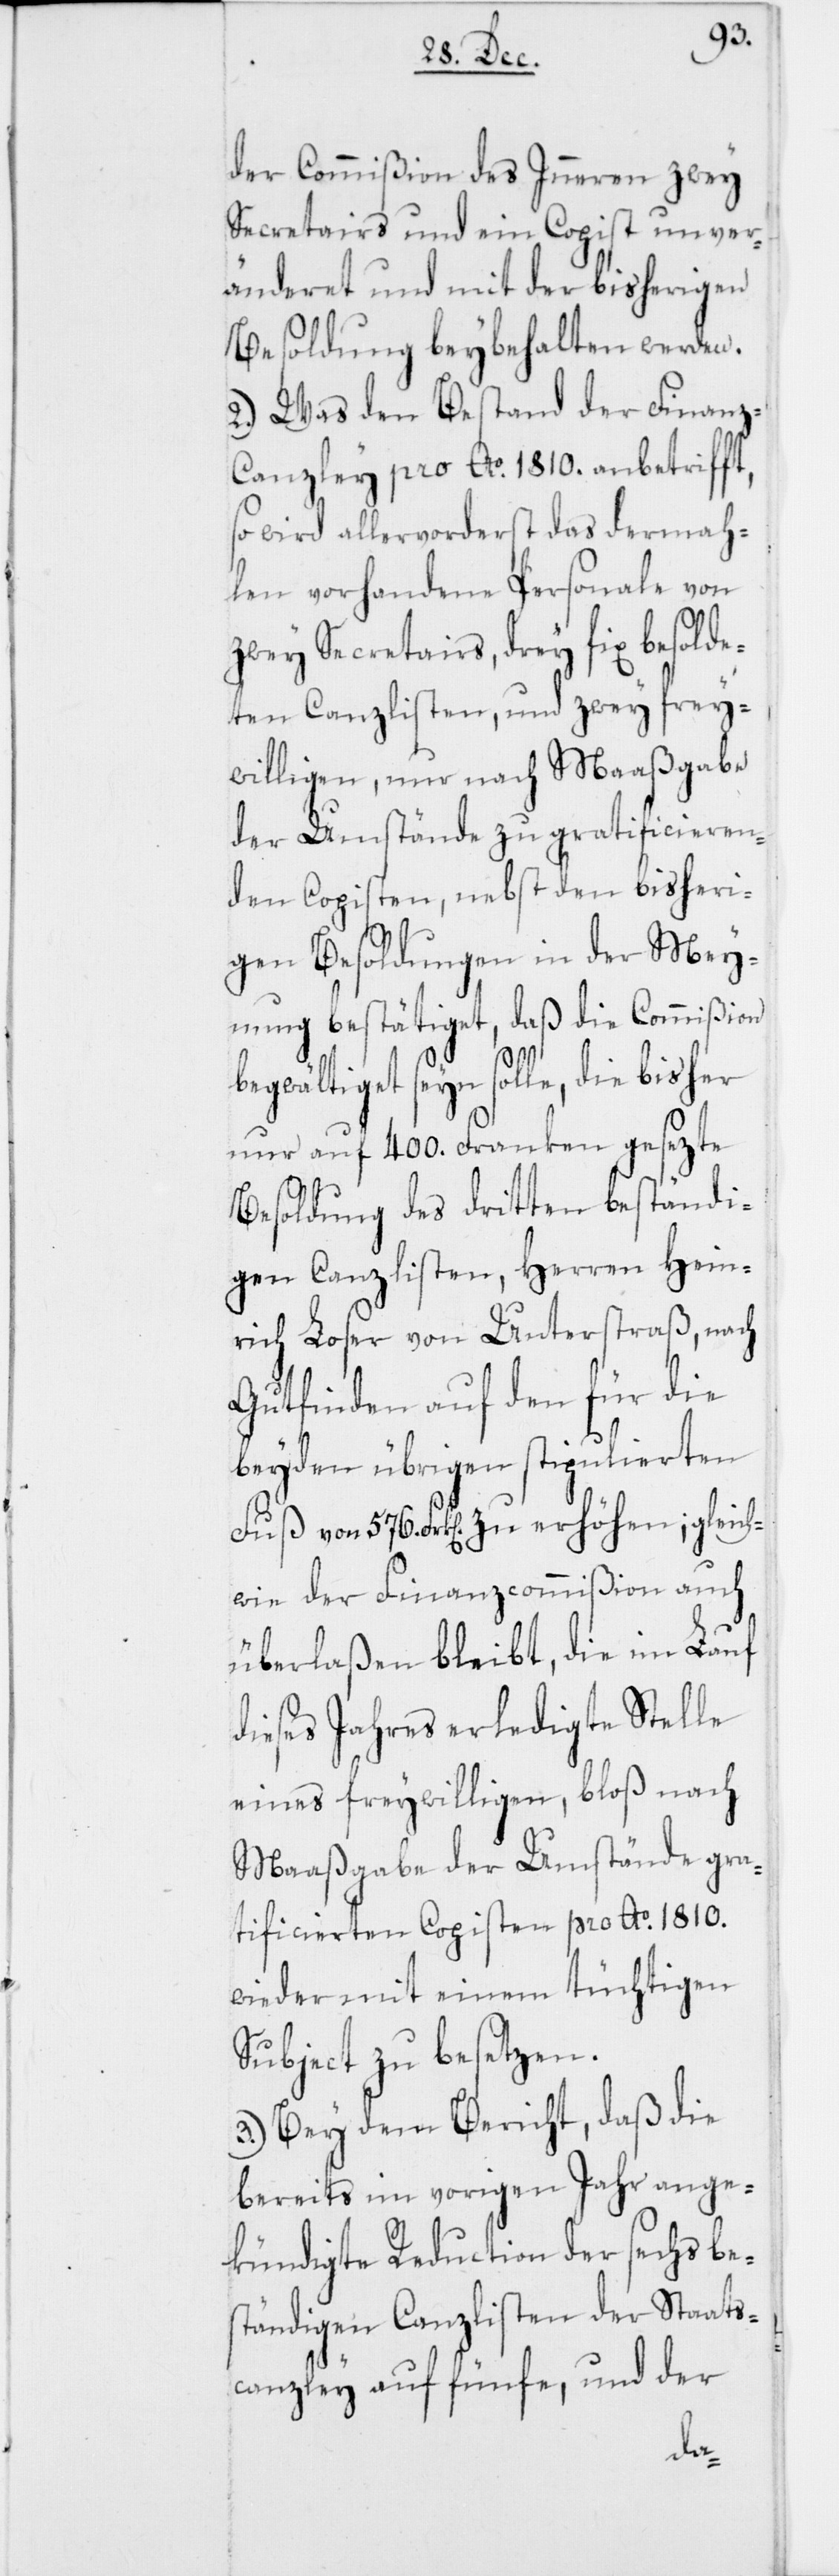
der Commißion des Inneren zwey
Secretairs und ein Copist unver¬
änderet und mit der bisherigen
Besoldung beybehalten werden.
2. Was den Bestand der Finanz-C¬
anzley pro Ao. 1810. anbetrifft,
so wird allervorderst das dermah¬
len vorhandene Personale von
zwey Secretairs, drey fix besolde¬
ten Canzlisten, und zwey frei¬
willigen, nur nach Maaßgabe
der Umstände zu gratificieren¬
den Copisten, nebst den bisheri¬
gen Besoldungen in der Mey¬
nung bestätiget, daß die Commißion
begwältiget seyn solle, die bisher
nur auf 400. Franken gesezte
Besoldung des dritten beständi¬
gen Canzlisten, Herren Hein¬
rich Loser von Unterstraß, nach
Gutfinden auf den für die
beyden übrigen stipulierten
Fuß von 576. Frk[en] zu erhöhen; gleich¬
wie der Finanzcommißion auch
überlaßen bleibt, die im Lauf
dieses Jahres erledigte Stelle
eines freywilligen, bloß nach
Maaßgabe der Umstände gra¬
tificierten Copisten pro Ao. 1810.
wieder mit einem tüchtigen
Subject zu besetzen.
3. Bey dem Bericht, daß die
bereits im vorigen Jahr ange¬
kündigte Reduction der sechs be¬
ständigen Canzlisten der Staats¬
canzley auf fünfe, und der